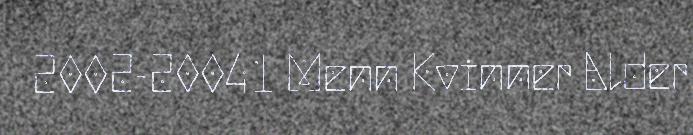
2002-20041 Menn Kvinner Alder